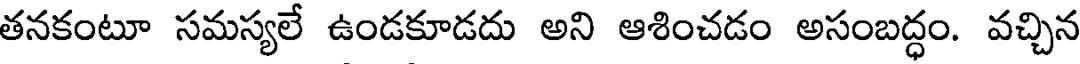
తనకంటూ సమస్యలే ఉండకూడదు అని ఆశించడం అసంబద్ధం. వచ్చిన